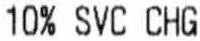
10% SVC CHG